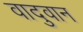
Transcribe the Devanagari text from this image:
वादुवान